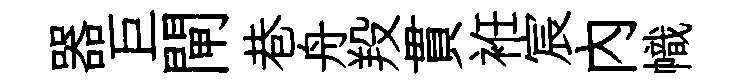
器巨閘巷舟羖貫袵宸內幟